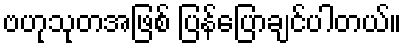
ဗဟုသုတအဖြစ် ပြန်ပြောချင်ပါတယ်။